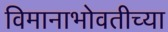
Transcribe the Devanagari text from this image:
विमानाभोवतीच्या